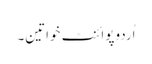
اُردوپوائنٹ خواتین۔